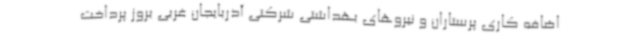
اضافه کاری پرستاران و نیروهای بهداشتی شرکتی آذربایجان غربی بروز پرداخت